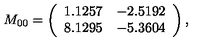
M _ { 0 0 } = \left( \begin{array} { c c } { 1 . 1 2 5 7 } & { - 2 . 5 1 9 2 } \\ { 8 . 1 2 9 5 } & { - 5 . 3 6 0 4 } \\ \end{array} \right) ,